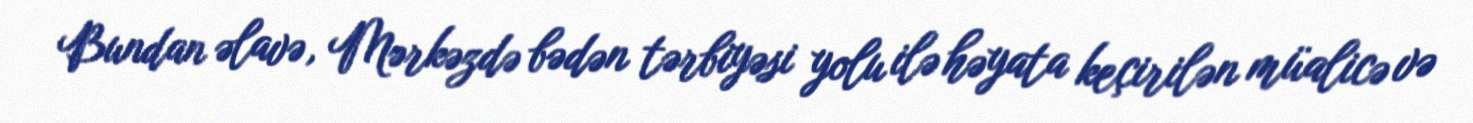
Bundan əlavə, Mərkəzdə bədən tərbiyəsi yolu ilə həyata keçirilən müalicə və